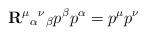
LaTeX: \begin{align*}{\bf R}^\mu{}_\alpha{}^\nu{}_\beta p^\beta p^\alpha=p^\mu p^\nu\end{align*}